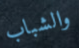
والشباب